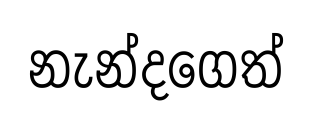
නැන්දගෙත්